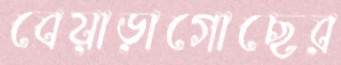
বেয়াড়াগোছের